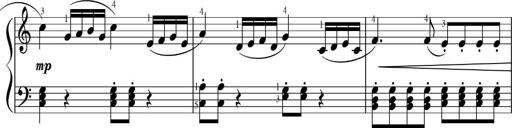
Title: Sonatinas
Composer: Andrew Violette